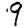
Digit: 9